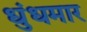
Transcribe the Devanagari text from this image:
धुंधमार